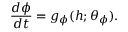
\frac { d \phi } { d t } = g _ { \phi } ( h ; \theta _ { \phi } ) .